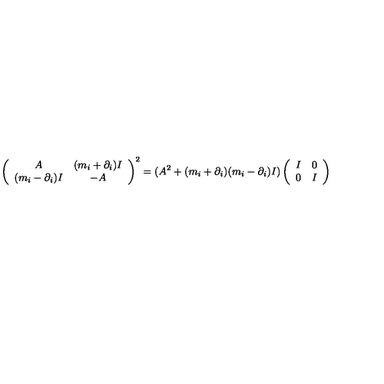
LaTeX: \left( \begin{array} { c c } { A } & { ( m _ { i } + \partial _ { i } ) I } \\ { ( m _ { i } - \partial _ { i } ) I } & { - A } \\ \end{array} \right) ^ { 2 } = ( A ^ { 2 } + ( m _ { i } + \partial _ { i } ) ( m _ { i } - \partial _ { i } ) I ) \left( \begin{array} { c c } { I } & { 0 } \\ { 0 } & { I } \\ \end{array} \right)